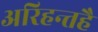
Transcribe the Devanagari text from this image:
अरिहन्तहै